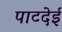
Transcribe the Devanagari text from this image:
पाटदेई